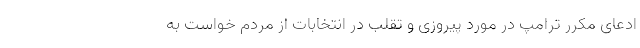
ادعای مکرر ترامپ در مورد پیروزی و تقلب در انتخابات از مردم خواست به